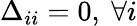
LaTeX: \Delta_{ii}=0,\ \forall i